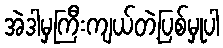
အဲဒါမှကြီးကျယ်တဲ့ပြစ်မှုပါ